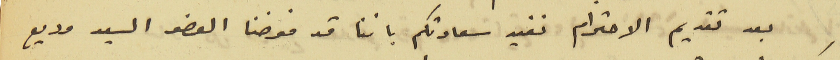
بعد تقديم الاحترام نفيد سعادتكم باننا قد فوضنا العضو السيد وديع